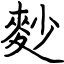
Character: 麨